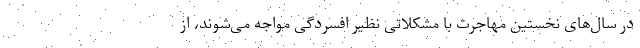
در سال‌های نخستین مهاجرت با مشکلاتی نظیر افسردگی مواجه می‌شوند، از